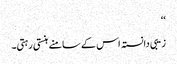
‘‘
زیبی دانستہ اس کے سامنے ہنستی رہتی۔